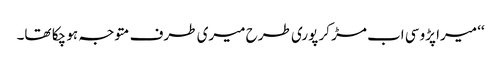
‘‘ میرا پڑوسی اب مڑ کر پوری طرح میری طرف متوجہ ہو چکا تھا۔